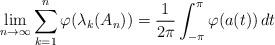
LaTeX: \begin{align*} \lim_{n \to \infty} \sum_{k=1}^n \varphi(\lambda_k(A_n)) = \frac{1}{2\pi} \int_{-\pi}^{\pi} \varphi( a(t) ) \, dt\end{align*}